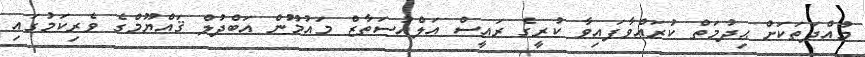
މުއްދަތަކަށް ޙިދުމަތް ކުރައްވާފައިވާ ކުރީގެ ރައީސް އަލްއުސަތާޒް މައުމޫން އަބްދުލް ޤައްޔޫމްގެ ވެރިކަމުގައި